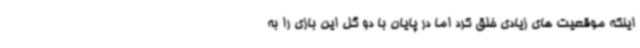
اینکه موقعیت های زیادی خلق کرد اما در پایان با دو گل این بازی را به